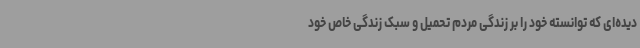
دیده‌ای که توانسته خود را بر زندگی مردم تحمیل و سبک زندگی خاص خود